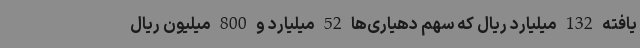
یافته 132 میلیارد ریال که سهم دهیاری‌ها 52 میلیارد و 800 میلیون ریال